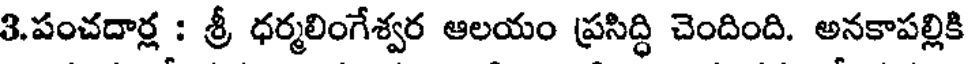
3.పంచదార్ల : శ్రీ ధర్మలింగేశ్వర ఆలయం ప్రసిద్ధి చెందింది. అనకాపల్లికి